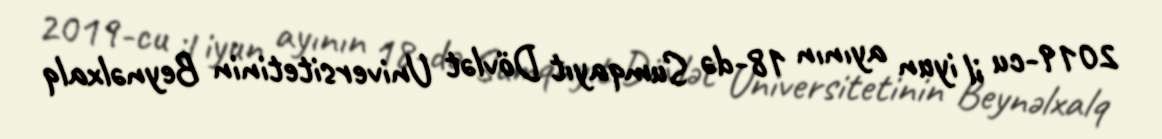
2019-cu il iyun ayının 18-də Sumqayıt Dövlət Universitetinin Beynəlxalq